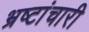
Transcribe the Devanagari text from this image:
भ्रष्टांचारी